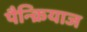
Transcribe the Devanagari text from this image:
पैन्क्रियाज